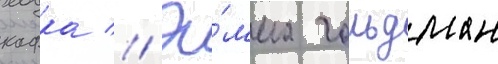
кафка // Э́мма гольдман